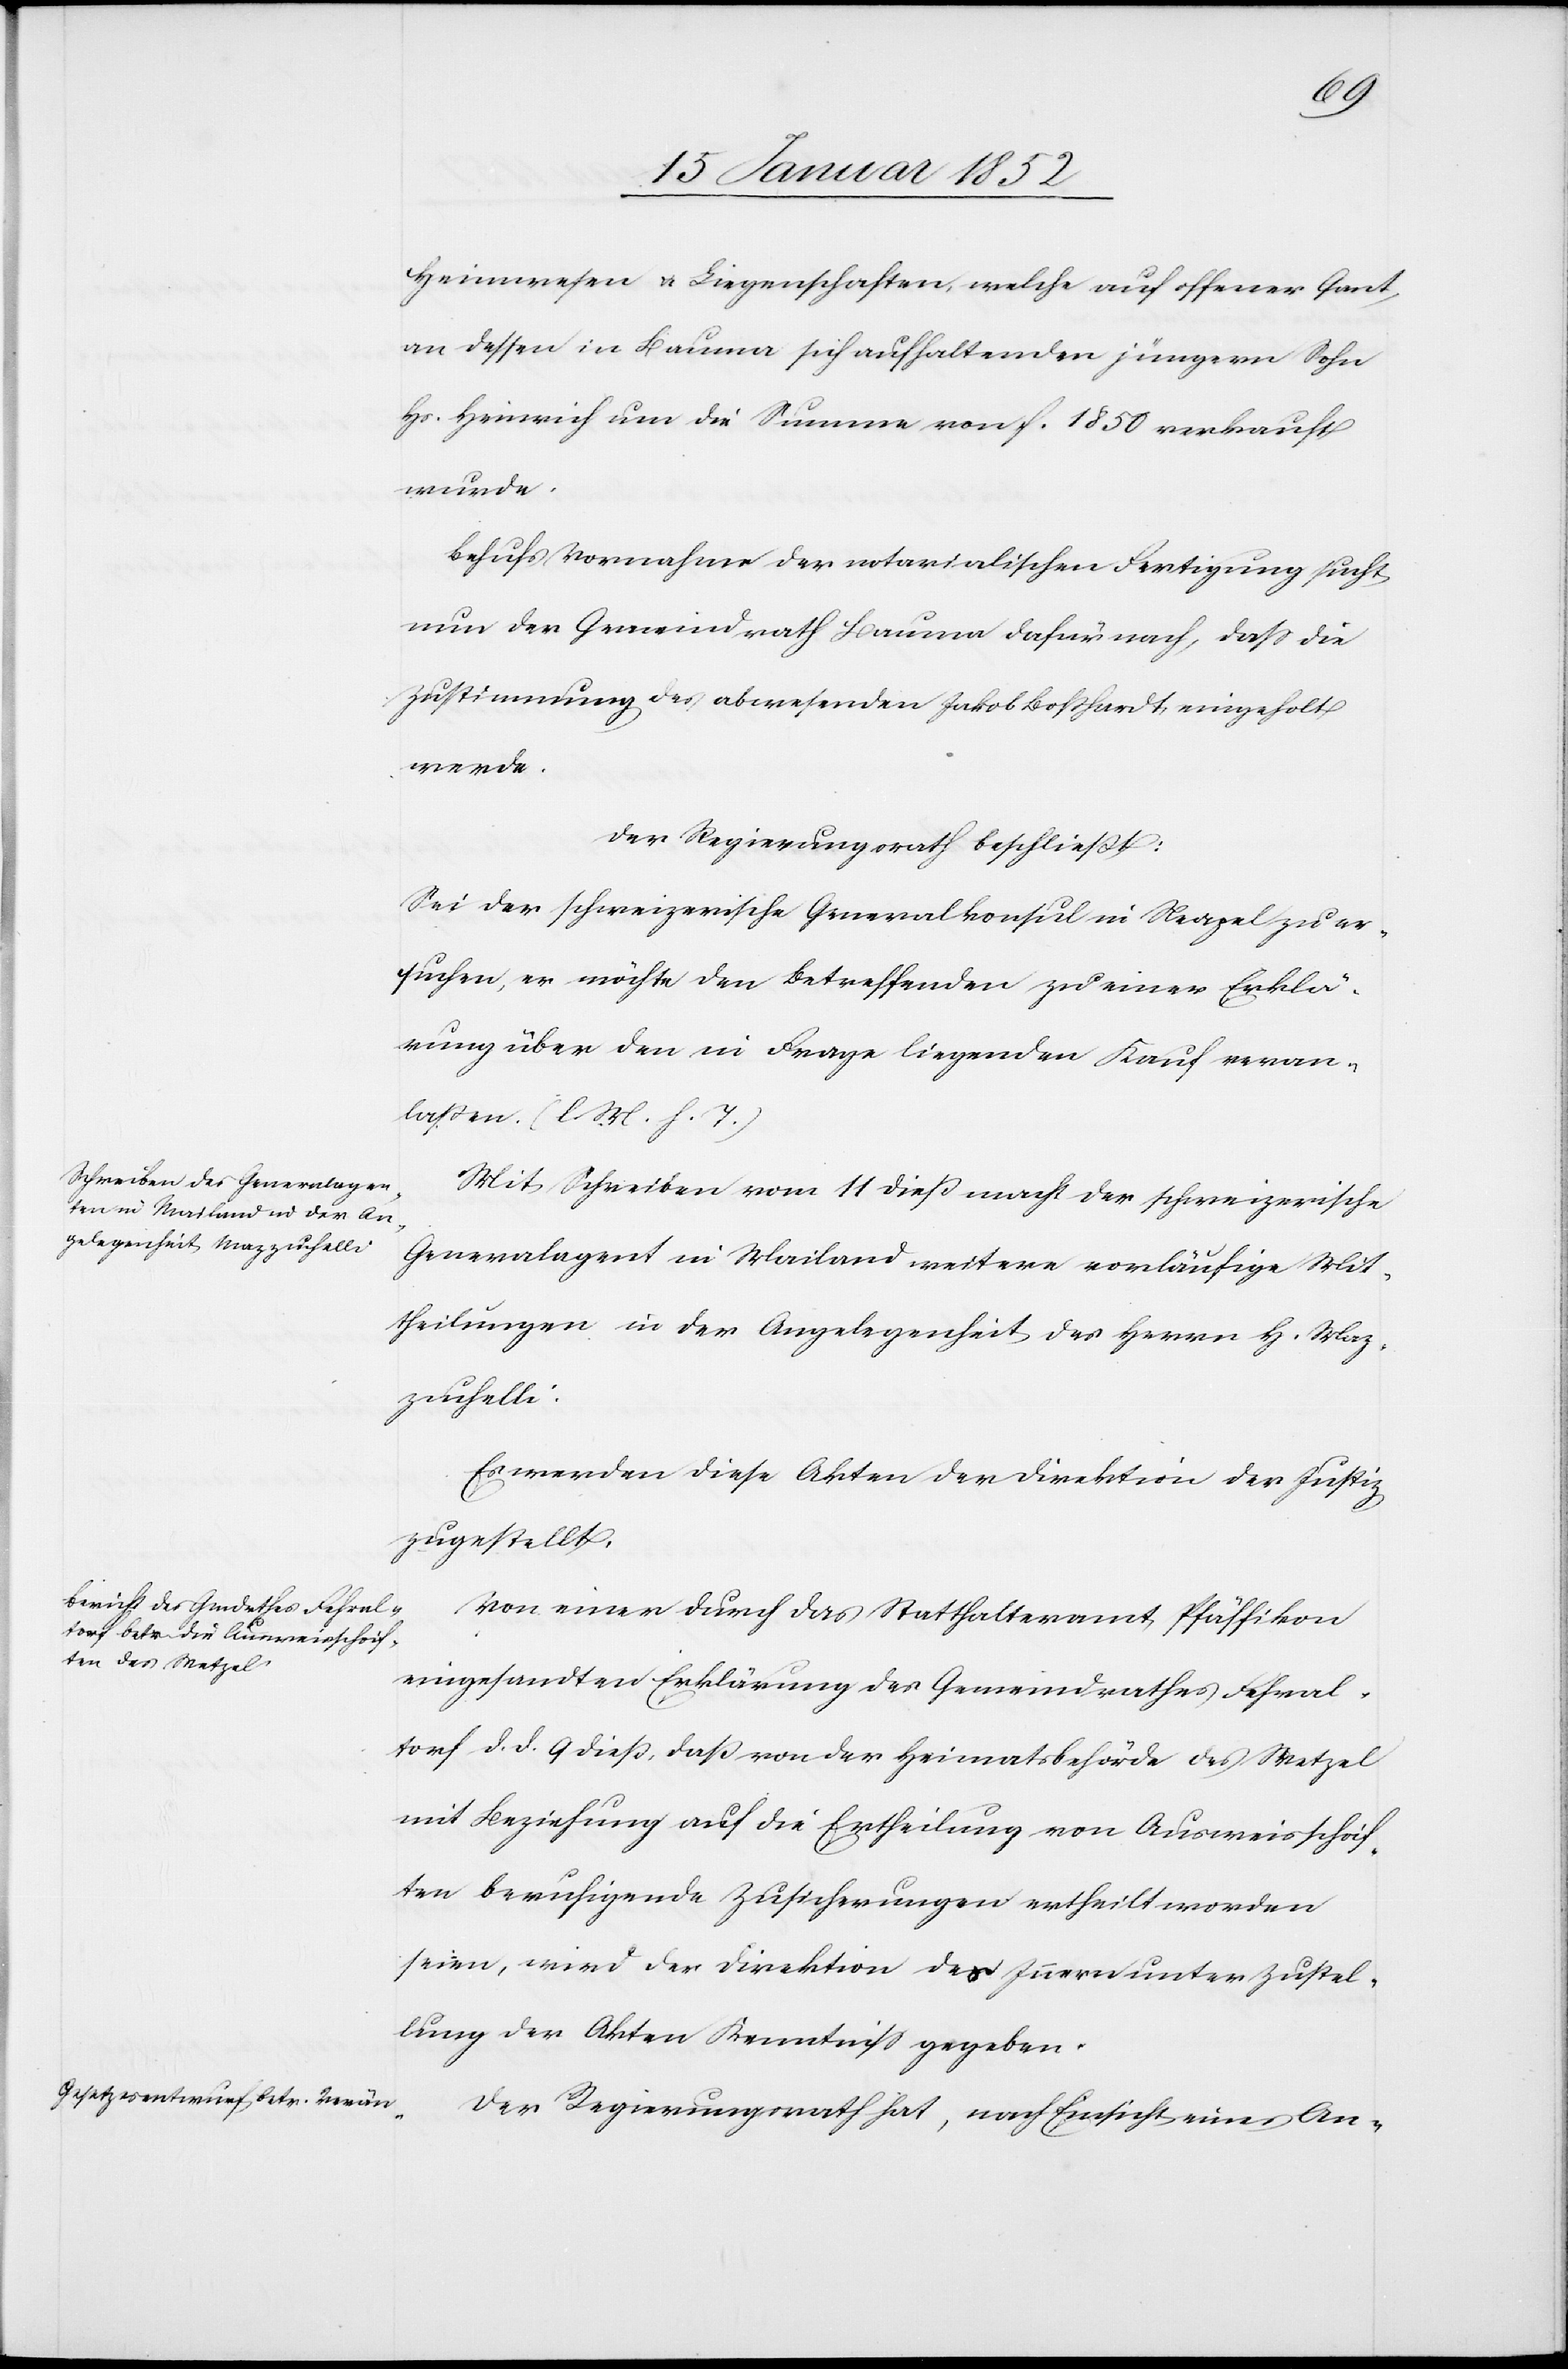
Heimwesen u. Liegenschaften, welche auf offener Gant
an dessen in Bauma sich aufhaltenden jüngeren Sohn
Hs. Heinrich um die Summe von f. 1850 verkauft
wurde.
Behufs Vornahme der notarialischen Fertigung sucht
nun der Gemeindrath Bauma dafür nach, daß die
Zustimmung des abwesenden Jakob Boßhardt eingeholt
werde.
Der Regierungsrath beschließt:
Sei der schweizerische Generalkonsul in Neapel zu er¬
suchen, er möchte den betreffenden zu einer Erklä¬
rung über den in Frage liegenden Kauf veran¬
laßen. (l. M. h. T.)
Mit Schreiben vom 11 dieß macht der schweizerische
Generalagent in Mailand weitere vorläufige Mit¬
theilungen in der Angelegenheit des Herrn H. Maz¬
zufelli.
Es werden diese Akten der Direktion der Justiz
zugestellt.
Von einer durch das Statthalteramt Pfäffikon
eingesandten Erklärung des Gemeindrathes Fehral¬
torf d. d. 9 dieß, daß von der Heimatsbehörde des Wetzel
mit Beziehung auf die Ertheilung von Ausweisschrif¬
ten beruhigende Zusicherungen ertheilt worden
seien, wird der Direktion des Innern unter Zustel¬
lung der Akten Kenntniß gegeben.
Der Regierungsrath hat, nach Einsicht eines An-